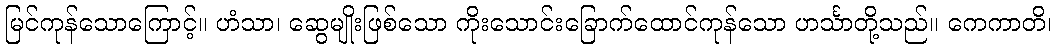
မြင်ကုန်သောကြောင့်။ ဟံသာ၊ ဆွေမျိုးဖြစ်သော ကိုးသောင်းခြောက်ထောင်ကုန်သော ဟင်္သာတို့သည်။ ကေကာတိ၊